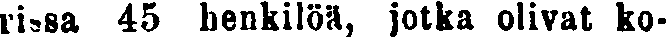
rissa 45 henkilöä, jotka olivat ko-